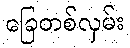
ခြေတစ်လှမ်း